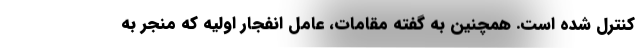
کنترل شده است. همچنین به گفته مقامات، عامل انفجار اولیه که منجر به